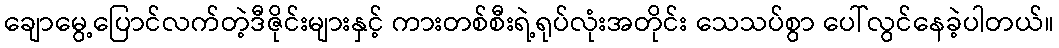
ချောမွေ့ပြောင်လက်တဲ့ဒီဇိုင်းများနှင့် ကားတစ်စီးရဲ့ရုပ်လုံးအတိုင်း သေသပ်စွာ ပေါ်လွင်နေခဲ့ပါတယ်။